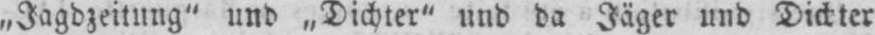
„Jagdzeitung” und „Dichter” und da Jäger und Dichter